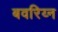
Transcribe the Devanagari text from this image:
बवरिय्न